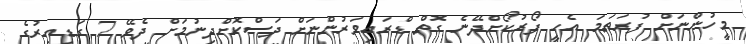
މީހުންނަށް ފުރަތަމަ އެހީ ފޯރުކޯށްދޭނެ ގޮތް ޑްރައިވަރުންނަށް ދަސްކޮށްދިނުމަށް ދެވޭ 7 ގަޑިއިރުގެ